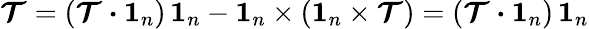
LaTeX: \boldsymbol{\mathcal{T}}=(\boldsymbol{\mathcal{T}}\boldsymbol{\cdot}\boldsymbol{1}_{n})\, \boldsymbol{1}_{n}-\boldsymbol{1}_{n}\times(\boldsymbol{1}_{n}\times\boldsymbol{\mathcal{T}})=(\boldsymbol{\mathcal{T}}\boldsymbol{\cdot}\boldsymbol{1}_{n})\, \boldsymbol{1}_{n}